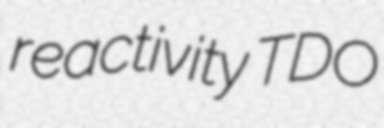
reactivity TDO